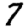
Digit: 7